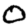
Digit: 0